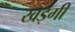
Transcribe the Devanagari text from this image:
खड्गी